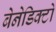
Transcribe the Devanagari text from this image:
बेनेडिक्टो